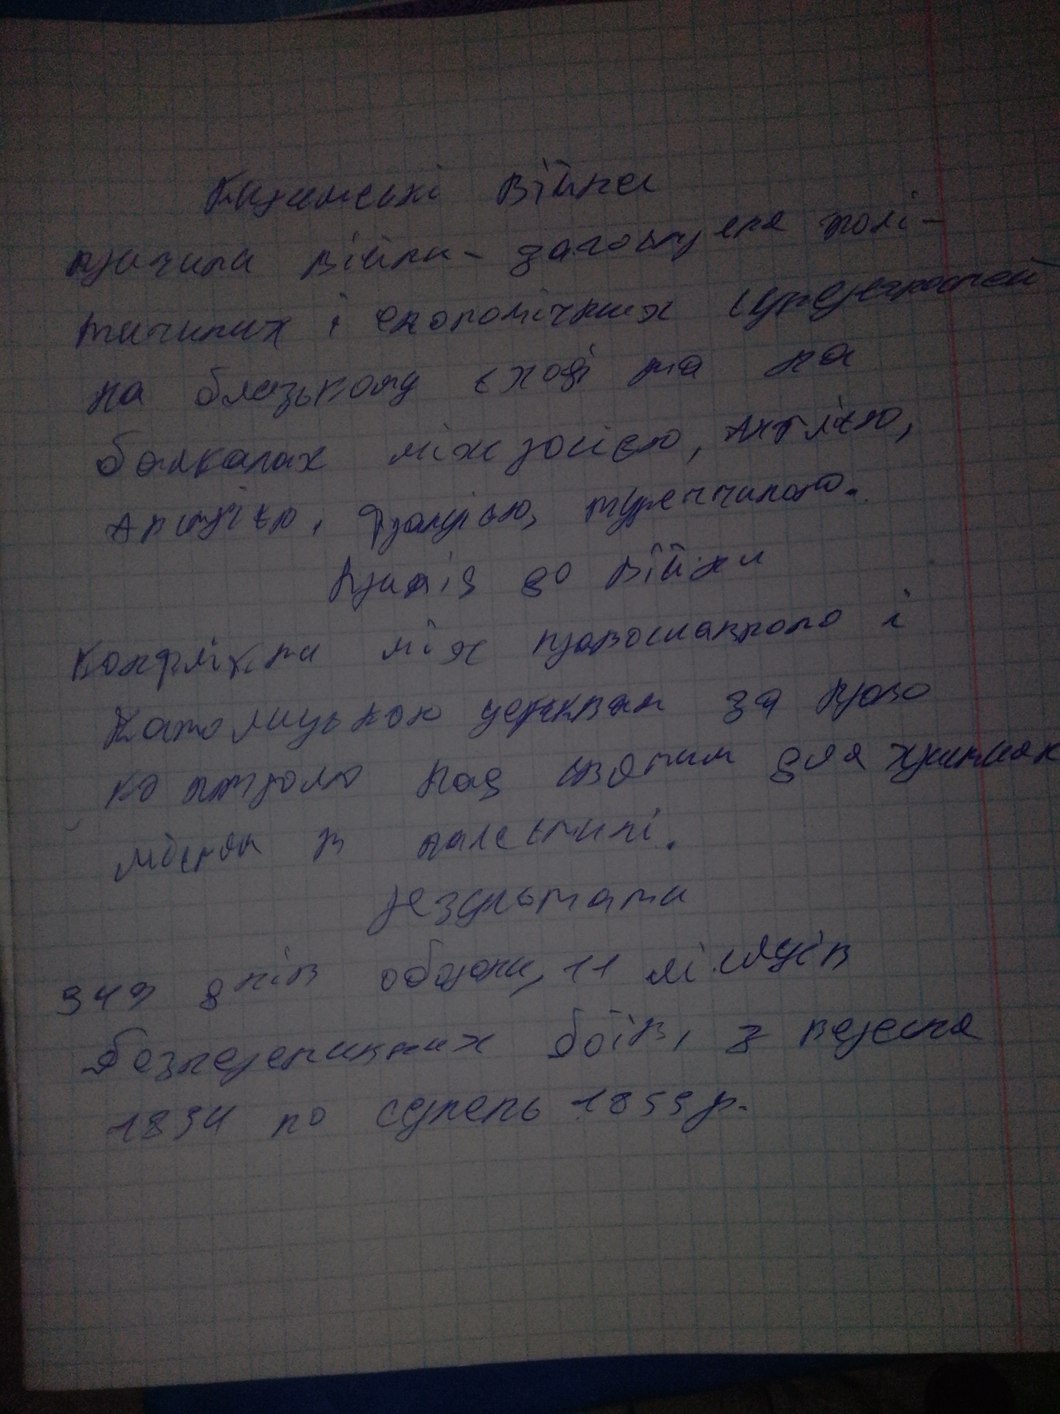
Кримські війни
причини війни - загостреня полі-
тичних і економічних суперечностей
на близькому сході та на
на балканах між росією, Англією,
Австрією, Францією, туреччиною.
Австрія до війни
конфлікти між православною і
католицькою церквам за право
контролю над святим для християн
містом в палестині.
результати
349 днів оборони, 11 місяців
безперервних боїв, з вересня
1854 по серпень 1855 р.